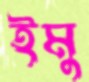
ইমু